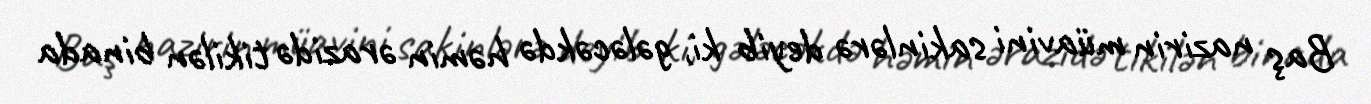
Baş nazirin müavini sakinlərə deyib ki, gələcəkdə həmin ərazidə tikilən binada